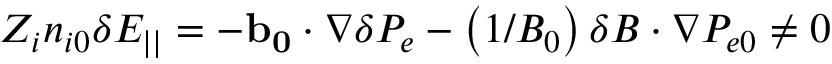
Z _ { i } n _ { i 0 } \delta E _ { | | } = - \mathbf { b _ { 0 } } \cdot \nabla \delta P _ { e } - \left( 1 / B _ { 0 } \right) \boldsymbol { \delta B } \cdot \nabla P _ { e 0 } \neq 0